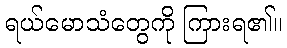
ရယ်မောသံတွေကို ကြားရ၏။